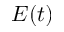
E ( t )